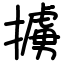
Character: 擄